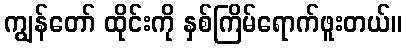
ကျွန်တော် ထိုင်းကို နှစ်ကြိမ်ရောက်ဖူးတယ်။